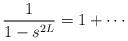
LaTeX: \begin{align*}\dfrac 1{1-s^{2L}}=1+\cdots \end{align*}